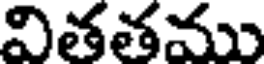
వితతము